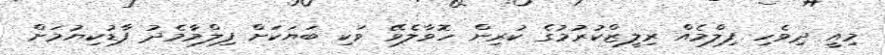
މިއީ ދިވެހި ފިލްމެއް ރިލީޒްކުރުމުގެ ކުރިން ހޮވާލެވޭ ވަކި ބަޔަކަށް ފިލްމާމެދު ފާޑުކިޔުމަށް